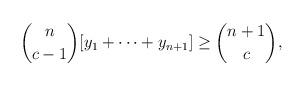
LaTeX: \begin{align*}\binom{n}{c-1} [y_1 + \cdots + y_{n+1}] \ge \binom{n+1}{c},\end{align*}